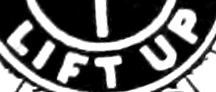
LIFT UP